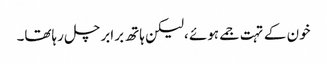
خون کے تہت جمے ہوئے ،لیکن ہاتھ برابر چل رہاتھا۔